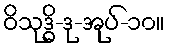
ဝိသုဒ္ဓိ-ဒု-အုပ်-၁၀။